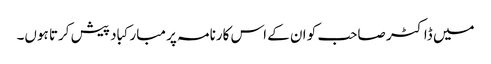
میں ڈاکٹر صاحب کو ان کے اس کارنامہ پر مبارکباد پیش کرتا ہوں۔